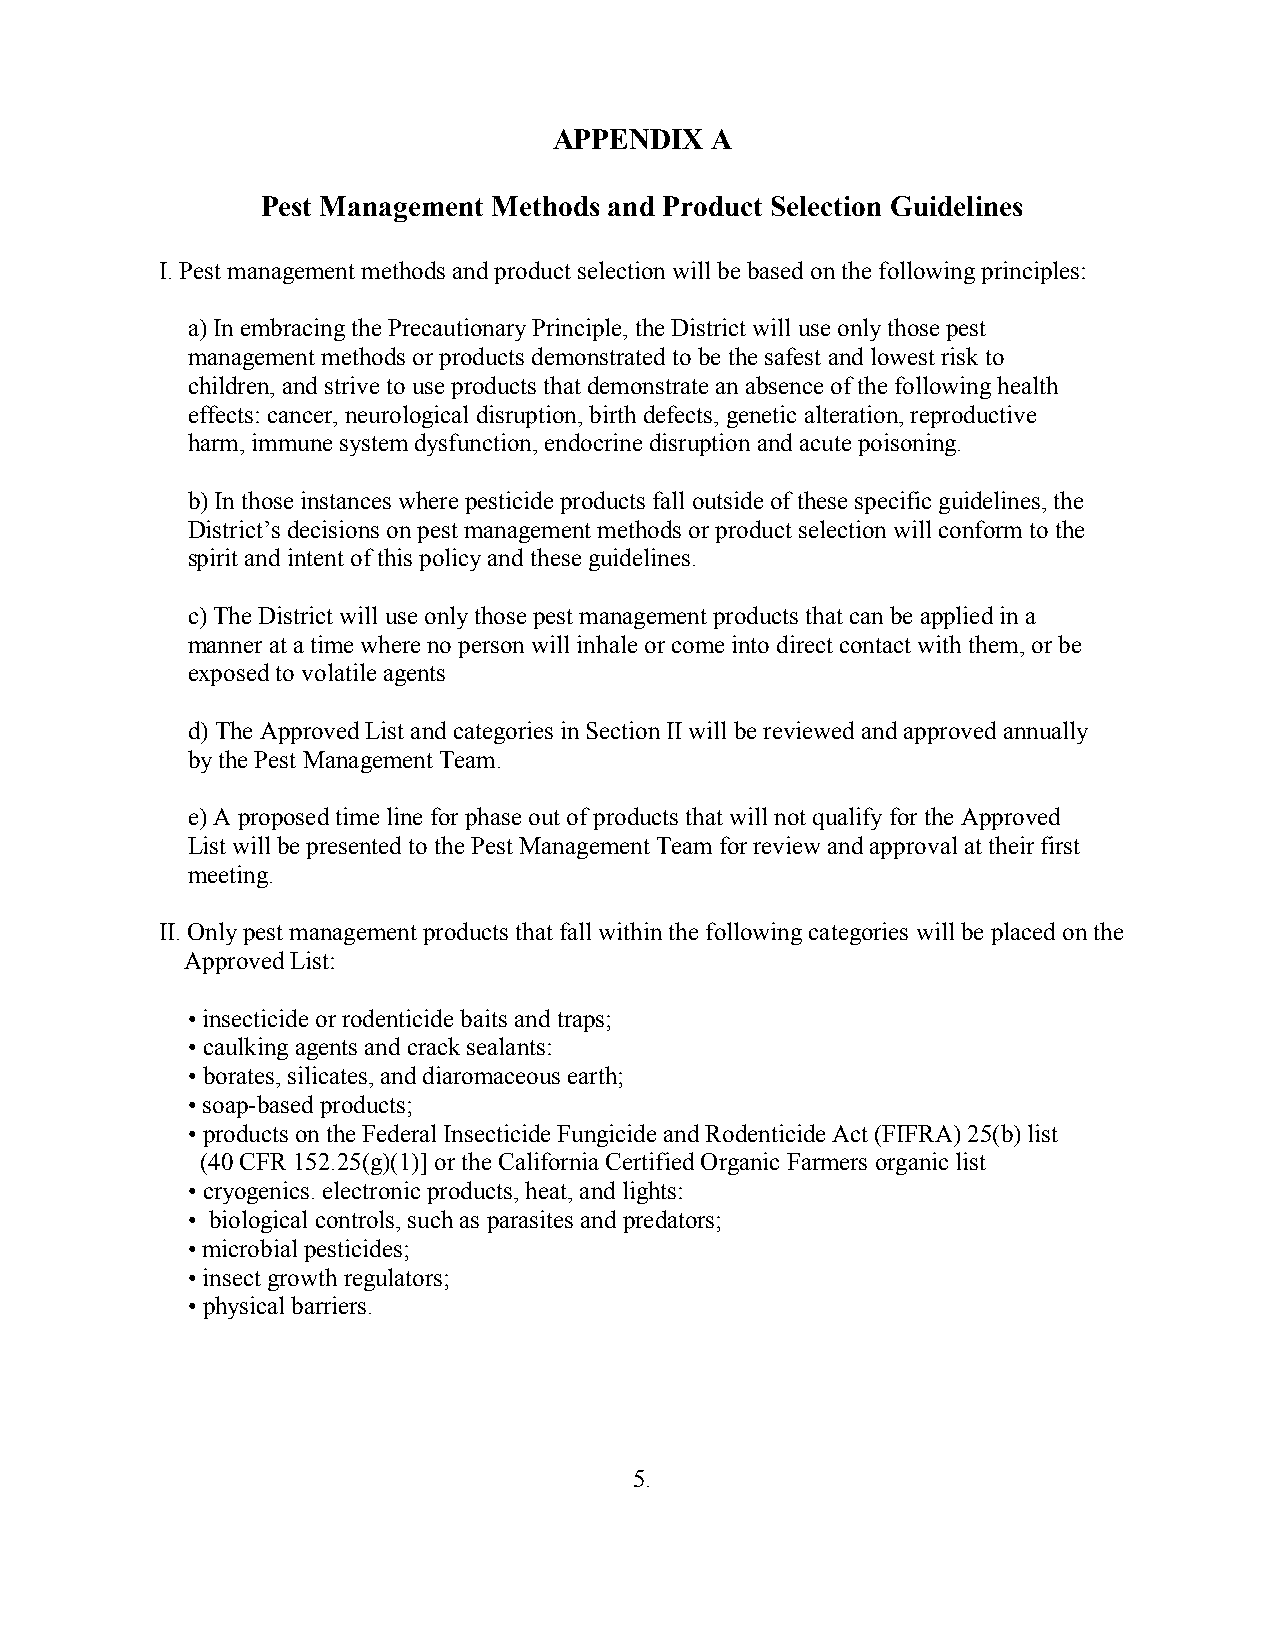
APPENDIX  A
 Pest Management Methods and Product Selection Guidelines
 I. Pest management methods and product selection will be based on the following principles:
 a) In embracing the Precautionary Principle, the District will use only those pest
 management methods or products demonstrated to be the safest and lowest risk to
 children, and strive to use products that demonstrate an absence of the following health
 effects: cancer, neurological disruption, birth defects, genetic alteration, reproductive
 harm, immune system dysfunction, endocrine disruption and acute poisoning.
 b) In those instances where pesticide products fall outside of these specific guidelines, the
 District’s decisions on pest management methods or product selection will conform to the
 spirit and intent of this policy and these guidelines.
 c) The District will use only those pest management products that can be applied in a
 manner at a time where no person will inhale or come into direct contact with them, or be
 exposed to volatile agents
 d) The Approved List and categories in Section II will be reviewed and approved annually
 by the Pest Management Team.
 e) A proposed time line for phase out of products that will not qualify for the Approved
 List will be presented to the Pest Management Team for review and approval at their first
 meeting.
 II. Only pest management products that fall within the following categories will be placed on the
 Approved List:
 • insecticide or rodenticide baits and traps;
 • caulking agents and crack sealants:
 • borates, silicates, and diaromaceous earth;
 • soap-based products;
 • products on the Federal Insecticide Fungicide and Rodenticide Act (FIFRA) 25(b) list
 (40 CFR 152.25(g)(1)] or the California Certified Organic Farmers organic list
 • cryogenics. electronic products, heat, and lights:
 • biological controls, such as parasites and predators;
 • microbial pesticides;
 • insect growth regulators;
 • physical barriers.
 5.